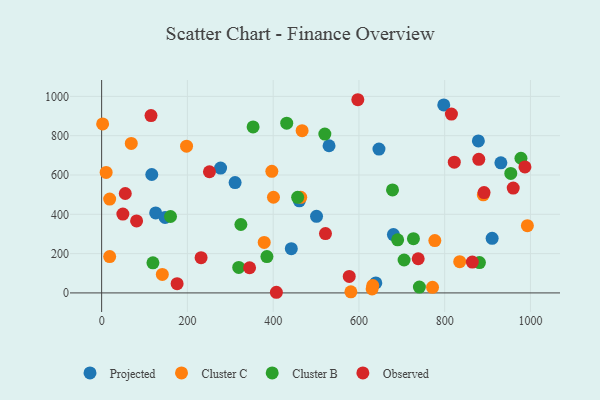
{"axis": {"x": "Experience", "y": "Rating"}, "legend": ["Cluster B", "Cluster C", "Observed", "Projected"], "data": [{"x": "639.3", "y": 50.8, "type": "Projected"}, {"x": "910.6", "y": 277.9, "type": "Projected"}, {"x": "530.3", "y": 748.9, "type": "Projected"}, {"x": "277.4", "y": 635.3, "type": "Projected"}, {"x": "931.0", "y": 661.8, "type": "Projected"}, {"x": "501.1", "y": 389.9, "type": "Projected"}, {"x": "311.2", "y": 561.4, "type": "Projected"}, {"x": "878.5", "y": 773.5, "type": "Projected"}, {"x": "442.3", "y": 225.3, "type": "Projected"}, {"x": "126.0", "y": 407.0, "type": "Projected"}, {"x": "461.0", "y": 468.7, "type": "Projected"}, {"x": "116.9", "y": 602.5, "type": "Projected"}, {"x": "148.0", "y": 384.1, "type": "Projected"}, {"x": "797.8", "y": 956.6, "type": "Projected"}, {"x": "680.4", "y": 296.7, "type": "Projected"}, {"x": "646.7", "y": 731.8, "type": "Projected"}, {"x": "992.8", "y": 342.4, "type": "Cluster C"}, {"x": "2.3", "y": 860.1, "type": "Cluster C"}, {"x": "18.7", "y": 477.6, "type": "Cluster C"}, {"x": "581.2", "y": 5.5, "type": "Cluster C"}, {"x": "69.1", "y": 760.4, "type": "Cluster C"}, {"x": "630.7", "y": 20.3, "type": "Cluster C"}, {"x": "777.0", "y": 266.6, "type": "Cluster C"}, {"x": "400.7", "y": 486.7, "type": "Cluster C"}, {"x": "198.0", "y": 746.6, "type": "Cluster C"}, {"x": "379.1", "y": 256.7, "type": "Cluster C"}, {"x": "10.5", "y": 613.3, "type": "Cluster C"}, {"x": "464.3", "y": 486.2, "type": "Cluster C"}, {"x": "890.0", "y": 499.3, "type": "Cluster C"}, {"x": "396.9", "y": 618.6, "type": "Cluster C"}, {"x": "835.0", "y": 158.8, "type": "Cluster C"}, {"x": "18.7", "y": 184.9, "type": "Cluster C"}, {"x": "467.5", "y": 825.6, "type": "Cluster C"}, {"x": "771.6", "y": 28.6, "type": "Cluster C"}, {"x": "141.5", "y": 94.3, "type": "Cluster C"}, {"x": "632.2", "y": 37.3, "type": "Cluster C"}, {"x": "431.6", "y": 863.9, "type": "Cluster B"}, {"x": "520.5", "y": 808.3, "type": "Cluster B"}, {"x": "954.1", "y": 607.9, "type": "Cluster B"}, {"x": "353.2", "y": 844.7, "type": "Cluster B"}, {"x": "690.3", "y": 270.1, "type": "Cluster B"}, {"x": "881.0", "y": 154.6, "type": "Cluster B"}, {"x": "705.3", "y": 167.4, "type": "Cluster B"}, {"x": "319.7", "y": 129.5, "type": "Cluster B"}, {"x": "741.0", "y": 29.6, "type": "Cluster B"}, {"x": "385.4", "y": 185.1, "type": "Cluster B"}, {"x": "160.6", "y": 388.8, "type": "Cluster B"}, {"x": "119.6", "y": 153.3, "type": "Cluster B"}, {"x": "324.7", "y": 348.1, "type": "Cluster B"}, {"x": "727.1", "y": 275.9, "type": "Cluster B"}, {"x": "977.8", "y": 685.1, "type": "Cluster B"}, {"x": "457.1", "y": 486.6, "type": "Cluster B"}, {"x": "678.3", "y": 524.0, "type": "Cluster B"}, {"x": "522.0", "y": 302.2, "type": "Observed"}, {"x": "815.7", "y": 910.0, "type": "Observed"}, {"x": "345.0", "y": 128.2, "type": "Observed"}, {"x": "231.9", "y": 179.4, "type": "Observed"}, {"x": "176.0", "y": 47.0, "type": "Observed"}, {"x": "55.1", "y": 505.8, "type": "Observed"}, {"x": "597.4", "y": 983.0, "type": "Observed"}, {"x": "987.1", "y": 640.9, "type": "Observed"}, {"x": "879.5", "y": 679.9, "type": "Observed"}, {"x": "577.4", "y": 83.9, "type": "Observed"}, {"x": "891.8", "y": 510.6, "type": "Observed"}, {"x": "822.4", "y": 665.3, "type": "Observed"}, {"x": "49.5", "y": 401.2, "type": "Observed"}, {"x": "81.5", "y": 366.2, "type": "Observed"}, {"x": "959.8", "y": 533.3, "type": "Observed"}, {"x": "115.1", "y": 902.3, "type": "Observed"}, {"x": "251.4", "y": 616.6, "type": "Observed"}, {"x": "738.2", "y": 173.9, "type": "Observed"}, {"x": "407.5", "y": 3.3, "type": "Observed"}, {"x": "864.4", "y": 156.9, "type": "Observed"}]}